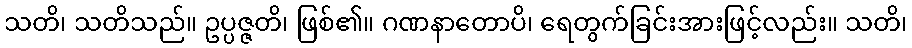
သတိ၊ သတိသည်။ ဥပ္ပဇ္ဇတိ၊ ဖြစ်၏။ ဂဏနာတောပိ၊ ရေတွက်ခြင်းအားဖြင့်လည်း။ သတိ၊